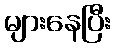
များနေပြီး